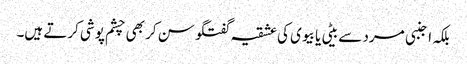
بلکہ اجنبی مرد سے بیٹی یا بیوی کی عشقیہ گفتگو سن کر بھی چشم پوشی کرتے ہیں۔